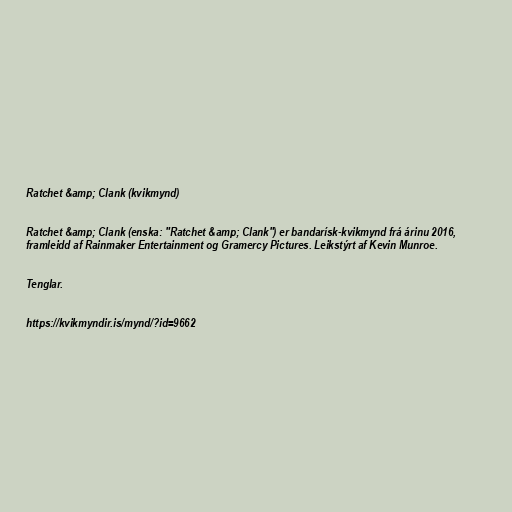
Ratchet &amp; Clank (kvikmynd)

Ratchet &amp; Clank (enska: "Ratchet &amp; Clank") er bandarísk-kvikmynd frá árinu 2016,
framleidd af Rainmaker Entertainment og Gramercy Pictures. Leikstýrt af Kevin Munroe.

Tenglar.

https://kvikmyndir.is/mynd/?id=9662